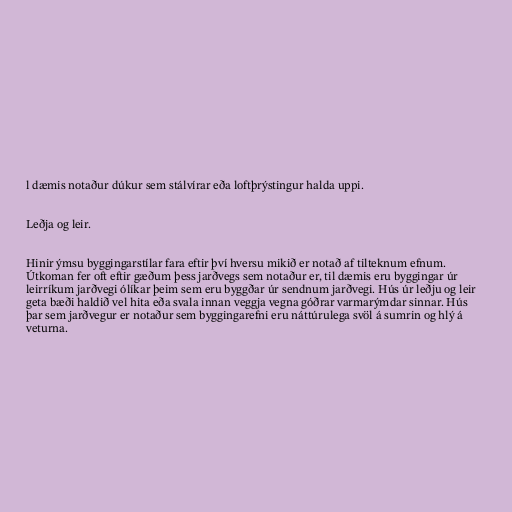
l dæmis notaður dúkur sem stálvírar eða loftþrýstingur halda uppi.

Leðja og leir.

Hinir ýmsu byggingarstílar fara eftir því hversu mikið er notað af tilteknum efnum.
Útkoman fer oft eftir gæðum þess jarðvegs sem notaður er, til dæmis eru byggingar úr
leirríkum jarðvegi ólíkar þeim sem eru byggðar úr sendnum jarðvegi. Hús úr leðju og leir
geta bæði haldið vel hita eða svala innan veggja vegna góðrar varmarýmdar sinnar. Hús
þar sem jarðvegur er notaður sem byggingarefni eru náttúrulega svöl á sumrin og hlý á
veturna.